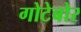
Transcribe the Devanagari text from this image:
गोटेबोर